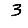
Digit: 3